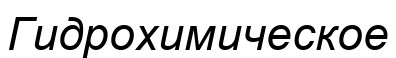
Гидрохимическое